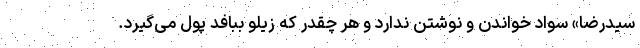
سیدرضا» سواد خواندن و نوشتن ندارد و هر چقدر که زیلو ببافد پول می‌گیرد.